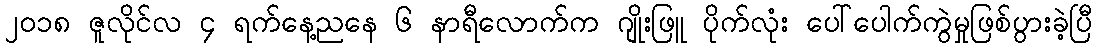
၂၀၁၈ ဇူလိုင်လ ၄ ရက်နေ့ညနေ ၆ နာရီလောက်က ဂျိုးဖြူ ပိုက်လုံး ပေါ်ပေါက်ကွဲမှုဖြစ်ပွားခဲ့ပြီ